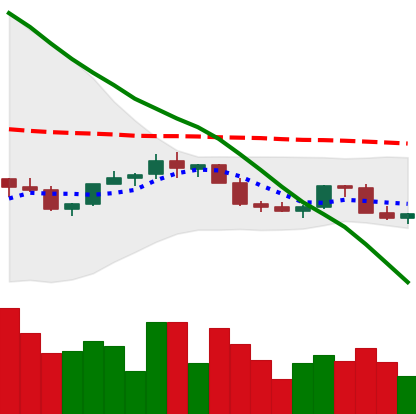
Ticker: LINK-USD
Chart end date: 2022-02-19
Forward return: -14.524%
Label: down_7plus